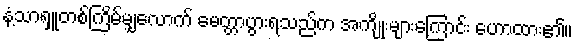
နံ့သာရှူတစ်ကြိမ်မျှလောက် မေတ္တာပွားရသည်က အကျိုးများကြောင်း ဟောထား၏။